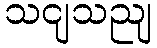
သငျသညျ